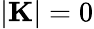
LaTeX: |{\mathbf K}|=0